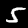
Digit: 5